Senior Leaving Certificate Examination (including Day School Certificate (Higher) General paper), 1949
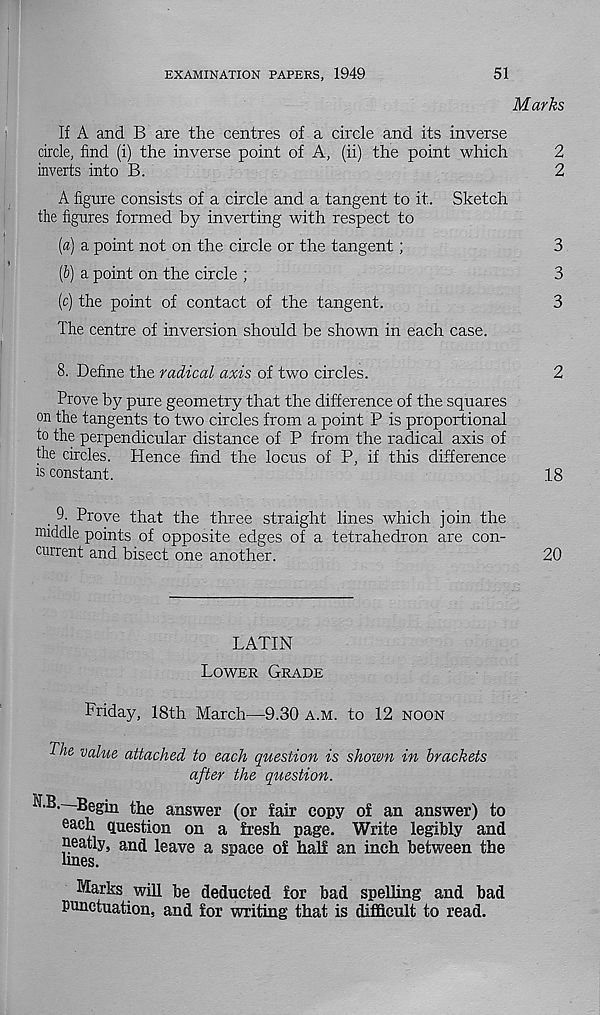
EXAMINATION PAPERS, 1949
51
Marks
If A and B are the centres of a circle and its inverse
drcle, find (i) the inverse point of A, (ii) the point which
2
inverts into B.
2
A figure consists of a circle and a tangent to it. Sketch
the figures formed by inverting with respect to
(«) a point not on the circle or the tangent;
3
(6) a point on the circle ;
3
(c) the point of contact of the tangent.
3
The centre of inversion should be shown in each case.
8. Define the radical axis of two circles.
2
Prove by pure geometry that the difference of the squares
on the tangents to two circles from a point P is proportional
to the perpendicular distance of P from the radical axis of
the circles. Hence find the locus of P, if this difference
is constant.
18
9. Prove that the three straight lines which join the
middle points of opposite edges of a tetrahedron are con-
current and bisect one another.
20
LATIN
Lower Grade
Friday, 18th March—9.30 a.m. to 12 noon
kc value attached to each question is shown in brackets
after the question.
—Begin the answer (or fair copy of an answer) to
each question on a fresh page. Write legibly and
neatly, and leave a space of half an inch between the
lines.
Marks will be deducted for bad spelling and bad
Punctuation, and for writing that is difficult to read.